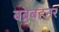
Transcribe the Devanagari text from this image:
बब्रुबहनर